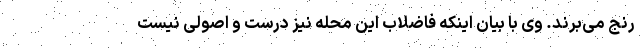
رنج می‌برند. وی با بیان اینکه فاضلاب این محله نیز درست و اصولی نیست